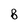
Character: 8